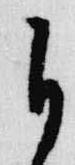
自